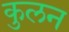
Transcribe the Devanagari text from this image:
कुलन